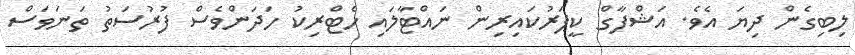
ލިބިގެން ދިޔަ އެވެ. އަޝްފާގް ކީޕަރުކައިރިން ނައްޓާލައި ހެޓްރިކު ހަދަންވެސް ފުރުސަތު ތަނަވަސް